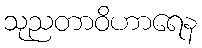
သုညတာဝိဟာရေန